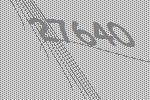
27640